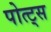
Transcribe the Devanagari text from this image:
पोत्ट्स